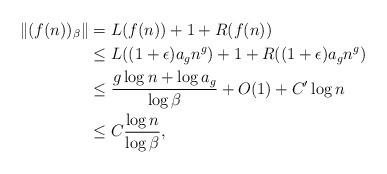
LaTeX: \begin{align*}\Vert (f(n))_\beta \Vert &= L(f(n))+1+R(f(n))\\ &\leq L((1+\epsilon)a_g n^g) + 1 + R((1+\epsilon)a_g n^g) \\ &\leq \frac{g\log n + \log a_g}{\log \beta} + O(1) + C' \log n\\ &\leq C \frac{\log n}{\log \beta},\end{align*}